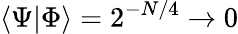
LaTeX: \langle\Psi\vert\Phi\rangle=2^{-N/4}\rightarrow 0